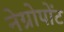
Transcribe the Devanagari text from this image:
नेग्रोपोंट